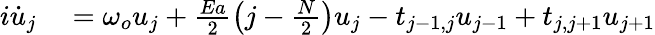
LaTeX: \begin{array}{rl}{i\dot{u}_{j}}&{{}=\omega_{o}u_{j}+\frac{Ea}{2}\left(j-\frac{N}{2}\right)u_{j}-t_{j-1,j}u_{j-1}+t_{j,j+1}u_{j+1}}\end{array}